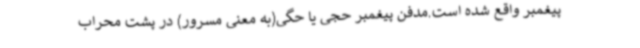
پیغمبر واقع شده است.مدفن پیغمبر حجی یا حگی(به معنی مسرور) در پشت محراب